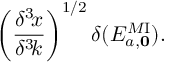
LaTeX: \left( { \frac { \delta ^ { 3 } \! x } { \delta ^ { 3 } \! k } } \right) ^ { 1 / 2 } \delta ( { \cal E } _ { a , \bf 0 } ^ { M \mathrm { I } } ) .